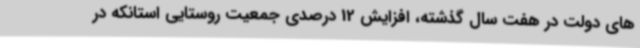
های دولت در هفت سال گذشته، افزایش 12 درصدی جمعیت روستایی استانکه در